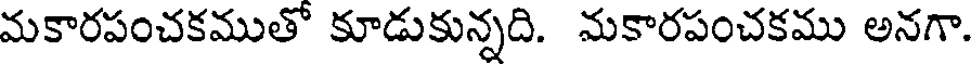
మకారపంచకముతో కూడుకున్నది. మకారపంచకము అనగా.